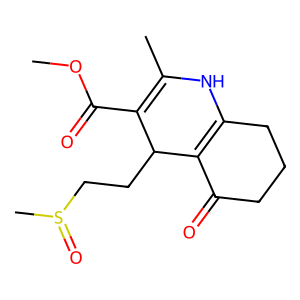
SMILES: COC(=O)C1=C(C)NC2=C(C(=O)CCC2)C1CCS(C)=O
Inhibits HIV replication: No